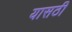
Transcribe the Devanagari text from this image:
यासठी